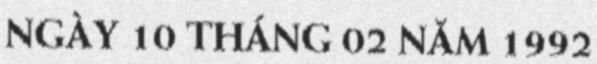
NGÀY 10 THÁNG 02 NĂM 1992